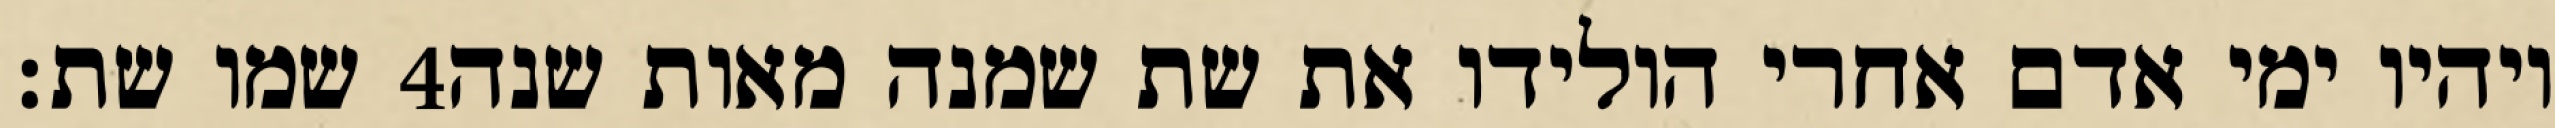
שמו שת׃ ‎4‏ ויהיו ימי אדם אחרי הולידו את שת שמנה מאות שנה